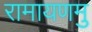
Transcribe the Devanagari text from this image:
रामायणमु